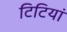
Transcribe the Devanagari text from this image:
टिटियां